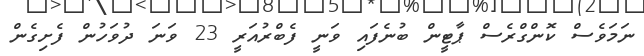
ނަމަވެސް ކޮންގްރެސް ޕާޓީން ބުނެފައި ވަނީ ފެބްރުއަރީ 23 ވަނަ ދުވަހުން ފެށިގެން